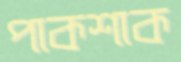
পাকশাক